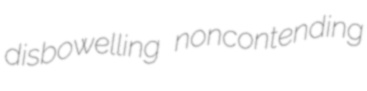
disbowelling noncontending